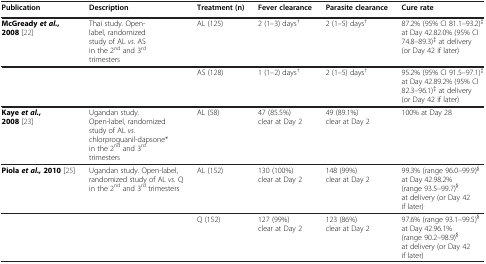
<table><thead><tr><td><b>Publication</b></td><td><b>Description</b></td><td><b>Treatment (n)</b></td><td><b>Fever clearance</b></td><td><b>Parasite clearance</b></td><td><b>Cure rate</b></td></tr></thead><tbody><tr><td><b>McGready</b><b><i>et al.</i></b><b>, 2008</b>[22]</td><td>Thai study. Open- label, randomized study of AL <i>vs.</i> AS in the 2<sup>nd</sup> and 3<sup>rd</sup> trimesters</td><td>AL (125)</td><td>2 (1–3) days<sup>†</sup></td><td>2 (1–5) days<sup>†</sup></td><td>87.2% (95% CI 81.1–93.2)<sup>‡</sup> at Day 42.82.0% (95% CI 74.8–89.3)<sup>‡</sup> at delivery (or Day 42 if later)</td></tr><tr><td> </td><td> </td><td>AS (128)</td><td>1 (1–2) days<sup>†</sup></td><td>2 (1–5) days<sup>†</sup></td><td>95.2% (95% CI 91.5–97.1)<sup>‡</sup> at Day 42.89.2% (95% CI 82.3–96.1)<sup>‡</sup> at delivery (or Day 42 if later)</td></tr><tr><td><b>Kaye</b><b><i>et al.</i></b><b>, 2008</b>[23]</td><td>Ugandan study. Open-label, randomized study of AL <i>vs.</i> chlorproguanil-dapsone* in the 2<sup>nd</sup> and 3<sup>rd</sup> trimesters</td><td>AL (58)</td><td>47 (85.5%) clear at Day 2</td><td>49 (89.1%) clear at Day 2</td><td>100% at Day 28</td></tr><tr><td><b>Piola</b><b><i>et al.,</i></b><b>2010</b>[25]</td><td>Ugandan study. Open-label, randomized study of AL <i>vs.</i> Q in the 2<sup>nd</sup> and 3<sup>rd</sup> trimesters</td><td>AL (152)</td><td>130 (100%) clear at Day 2</td><td>148 (99%) clear at Day 2</td><td>99.3% (range 96.0–99.9)<sup>§</sup> at Day 42.98.2% (range 93.5–99.7)<sup>§</sup> at delivery (or Day 42 if later)</td></tr><tr><td> </td><td> </td><td>Q (152)</td><td>127 (99%) clear at Day 2</td><td>123 (86%) clear at Day 2</td><td>97.6% (range 93.1–99.5)<sup>§</sup> at Day 42.96.1% (range 90.2–98.9)<sup>§</sup> at delivery (or Day 42 if later)</td></tr></tbody></table>